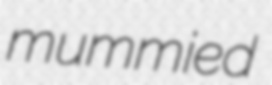
mummied